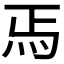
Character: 𬉻